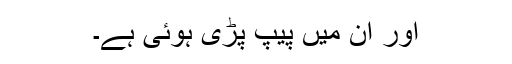
اور ان میں پیپ پڑی ہوئی ہے۔